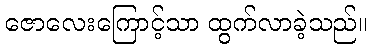
ဇောလေးကြောင့်သာ ထွက်လာခဲ့သည်။